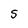
Character: S